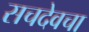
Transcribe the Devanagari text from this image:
सचदेवचा